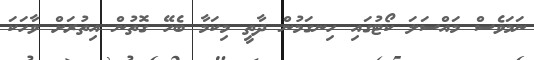
ނަމަވެސް މައްސަލަ ކޯޓުގައި ހިނގަމުން ދާތީ މިކަމާ ބެހޭ ގޮތުން އިތުރަށް ވާހަކަ